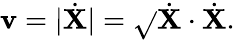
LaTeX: \mathbf{v}=|{\dot{{\mathbf{{X}}}}}|={\sqrt{}{{{\dot{{\mathbf{{X}}}}}\cdot{\dot{{\mathbf{{X}}}}}}}}.